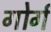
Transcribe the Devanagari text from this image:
गोर्ग